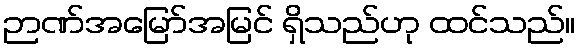
ဉာဏ်အမြော်အမြင် ရှိသည်ဟု ထင်သည်။